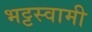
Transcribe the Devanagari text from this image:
भट्टस्वामी